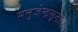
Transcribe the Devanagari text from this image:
मनुजेन्द्रसूनोः।